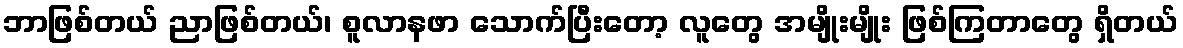
ဘာဖြစ်တယ် ညာဖြစ်တယ်၊ စူလာနဖာ သောက်ပြီးတော့ လူတွေ အမျိုးမျိုး ဖြစ်ကြတာတွေ ရှိတယ်